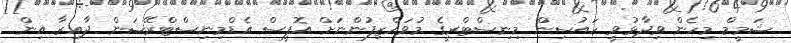
ޝަމީމް މިހެން ވިދާޅުވީ ހައުސިން މިނިސްޓްރީގެ މުވައްޒިފުންނަށް އޮފީސް އެޑްމިނިސްޓްރޭޝަން ދާއިރާ އިން